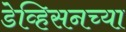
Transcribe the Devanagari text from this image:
डेव्हिसनच्या